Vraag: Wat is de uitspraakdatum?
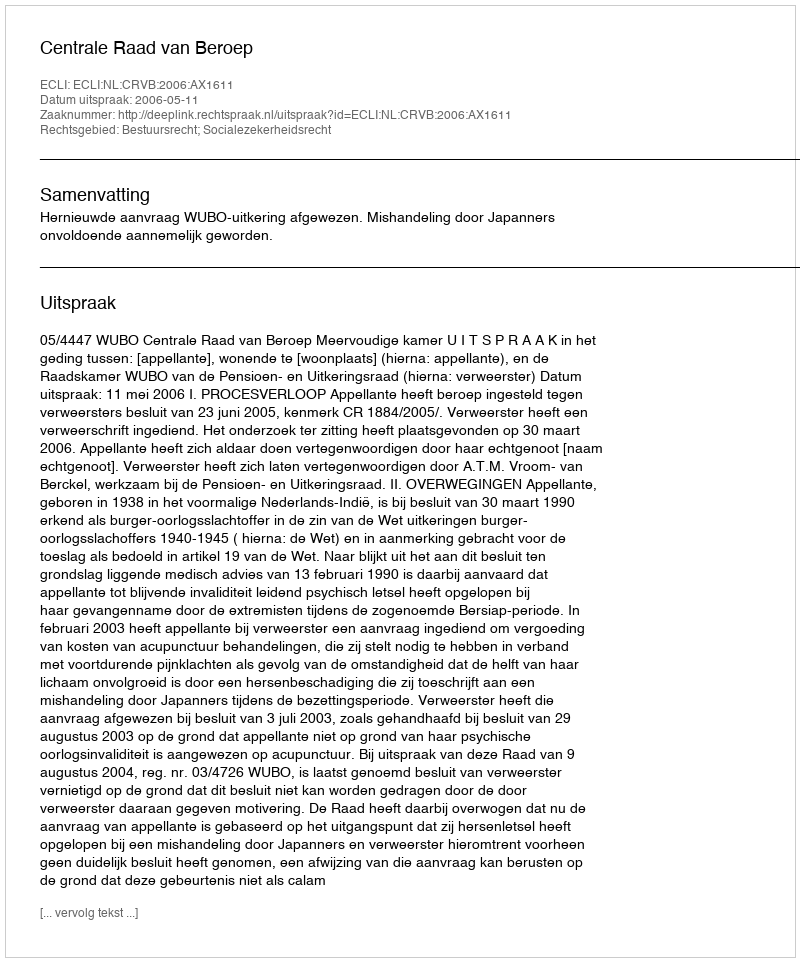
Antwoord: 2006-05-11